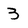
Character: 3